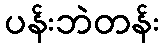
ပန်းဘဲတန်း